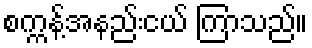
စက္ကန့်အနည်းငယ် ကြာသည်။